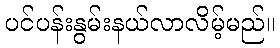
ပင်ပန်းနွမ်းနယ်လာလိမ့်မည်။